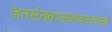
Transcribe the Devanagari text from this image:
जनसंख्याअध्ययनशास्त्र